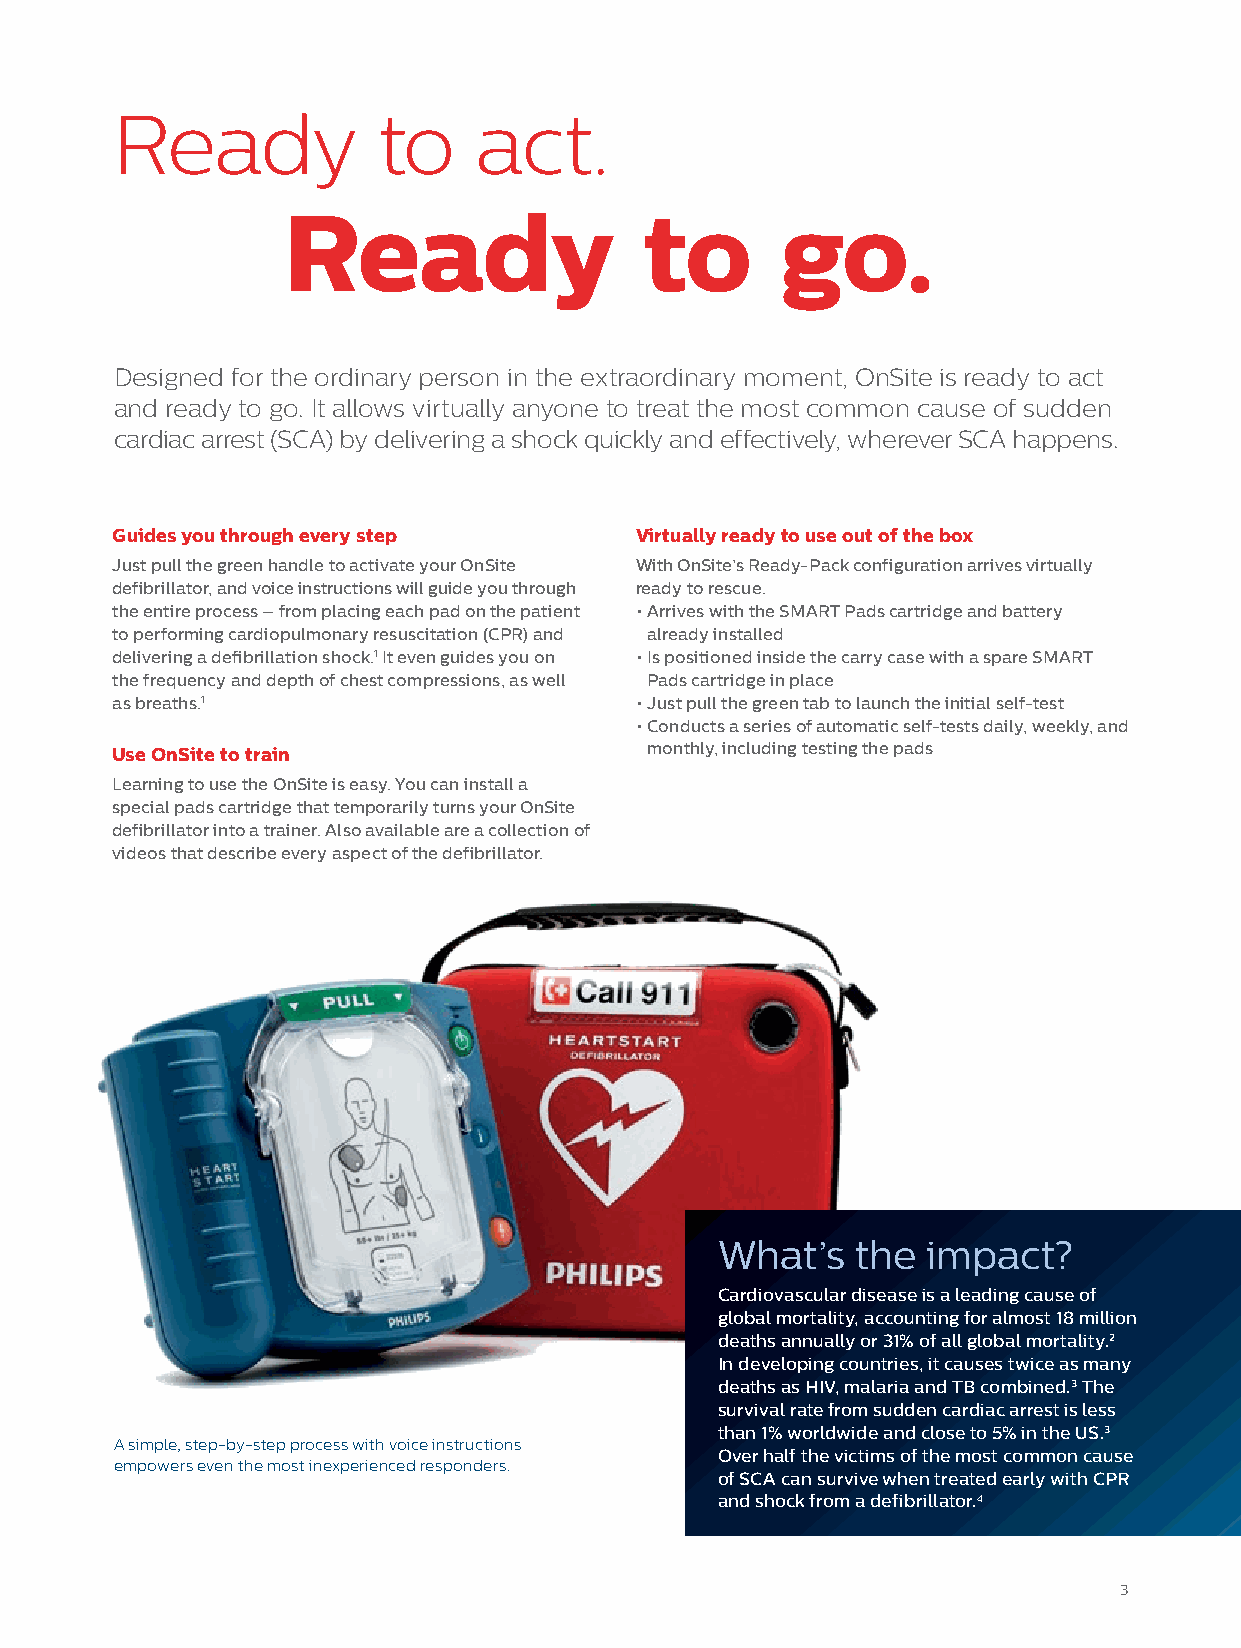
Ready             to    act.
 Ready                   to       go.
 Designed for the ordinary person in the extraordinary moment, OnSite is ready to act
 and ready to go. It allows virtually anyone to treat the most common cause of sudden
 cardiac arrest (SCA) by delivering a shock quickly and effectively, wherever SCA happens.
 Guides you through every step      Virtually ready to use out of the box
 Just pull the green handle to activate your OnSite With OnSite’s Ready-Pack configuration arrives virtually
 defibrillator, and voice instructions will guide you through ready to rescue.
 the entire process – from placing each pad on the patient • Arrives with the SMART Pads cartridge and battery
 to performing cardiopulmonary resuscitation (CPR) and already installed
 delivering a defibrillation shock.1 It even guides you on • Is positioned inside the carry case with a spare SMART
 the frequency and depth of chest compressions, as well Pads cartridge in place
 as breaths.1                       • Just pull the green tab to launch the initial self-test
 • Conducts a series of automatic self-tests daily, weekly, and
 Use OnSite to train                 monthly, including testing the pads
 Learning to use the OnSite is easy. You can install a
 special pads cartridge that temporarily turns your OnSite
 defibrillator into a trainer. Also available are a collection of
 videos that describe every aspect of the defibrillator.
 What’s   the impact?
 Cardiovascular disease is a leading cause of
 global mortality, accounting for almost 18 million
 deaths annually or 31% of all global mortality.2
 In developing countries, it causes twice as many
 deaths as HIV, malaria and TB combined.3 The
 survival rate from sudden cardiac arrest is less
 than 1% worldwide and close to 5% in the US.3
 A simple, step-by-step process with voice instructions
 Over half the victims of the most common cause
 empowers even the most inexperienced responders.
 of SCA can survive when treated early with CPR
 and shock from a defibrillator.4
 3